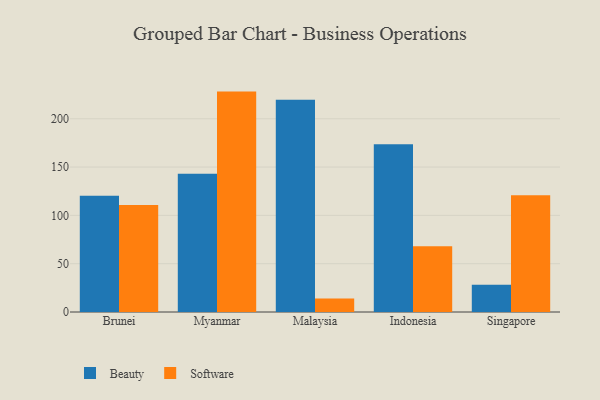
{"axis": {"x": "Country", "y": "Churn Rate (%)"}, "legend": ["Beauty", "Software"], "data": [{"x": "Brunei", "y": 120.2, "type": "Beauty"}, {"x": "Brunei", "y": 110.7, "type": "Software"}, {"x": "Myanmar", "y": 143.0, "type": "Beauty"}, {"x": "Myanmar", "y": 228.1, "type": "Software"}, {"x": "Malaysia", "y": 219.6, "type": "Beauty"}, {"x": "Malaysia", "y": 14.1, "type": "Software"}, {"x": "Indonesia", "y": 173.5, "type": "Beauty"}, {"x": "Indonesia", "y": 68.1, "type": "Software"}, {"x": "Singapore", "y": 28.1, "type": "Beauty"}, {"x": "Singapore", "y": 120.9, "type": "Software"}]}